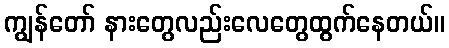
ကျွန်တော် နားတွေလည်းလေတွေထွက်နေတယ်။